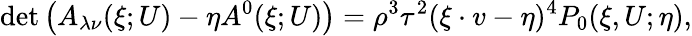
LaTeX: \operatorname*{det}\left(A_{\lambda\nu}(\xi;U)-\eta A^{0}(\xi;U)\right)=\rho^{3}\tau^{2}(\xi\cdot v-\eta)^{4}P_{0}(\xi,U;\eta),